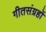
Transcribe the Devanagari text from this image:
गीतसंग्रहों